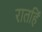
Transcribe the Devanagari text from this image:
रातहिं